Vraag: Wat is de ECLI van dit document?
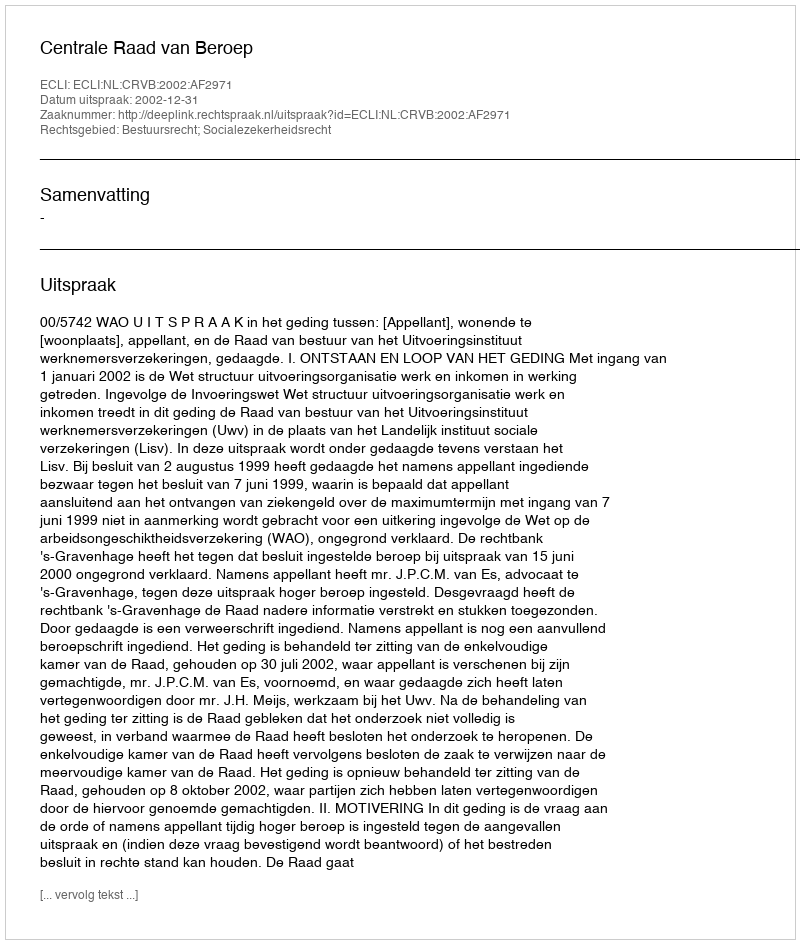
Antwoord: ECLI:NL:CRVB:2002:AF2971